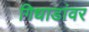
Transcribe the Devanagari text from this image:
गिधाडांवर